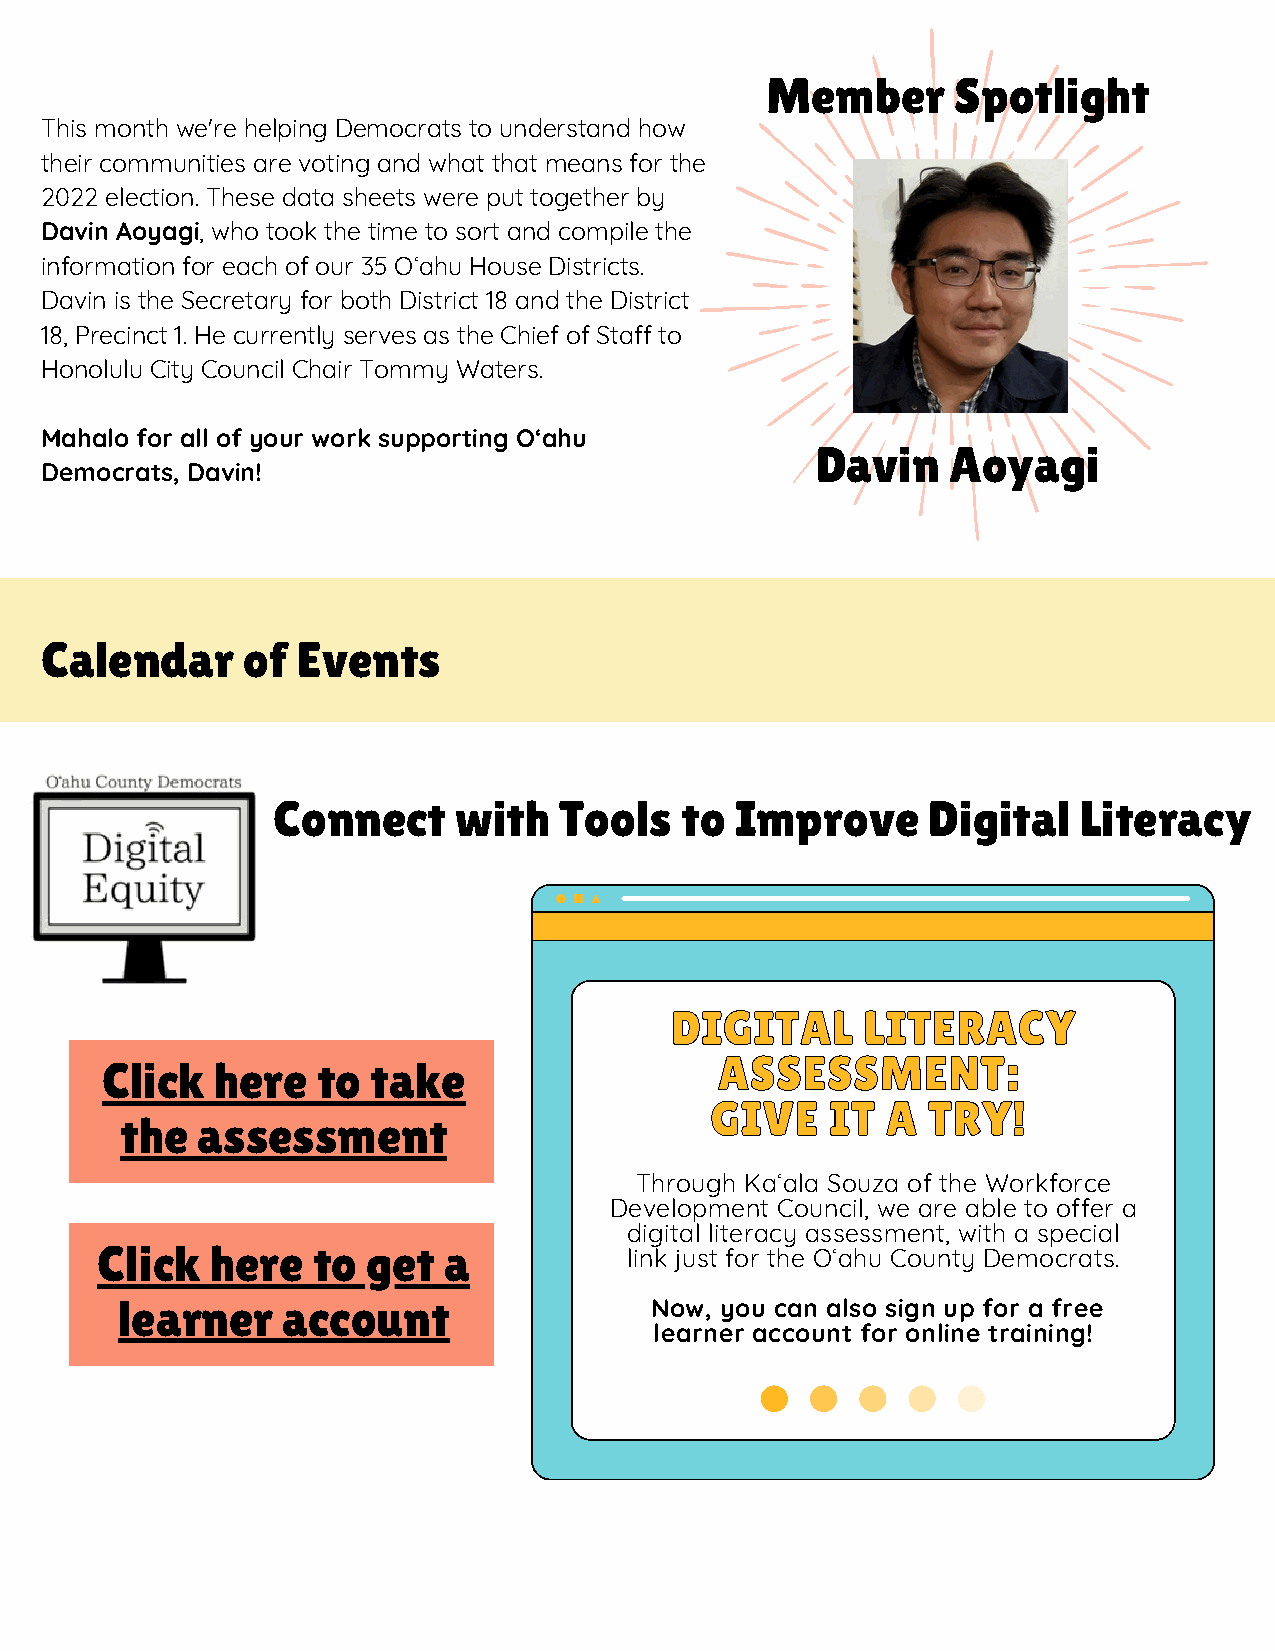
Member      Spotlight
 This month we're helping Democrats to understand how
 their communities are voting and what that means for the
 2022 election. These data sheets were put together by
 Davin Aoyagi, who took the time to sort and compile the
 information for each of our 35 Oʻahu House Districts.
 Davin is the Secretary for both District 18 and the District
 18, Precinct 1. He currently serves as the Chief of Staff to
 Honolulu City Council Chair Tommy Waters.
 Mahalo for all of your work supporting Oʻahu
 Davin    Aoyagi
 Democrats, Davin!
 Calendar     of  Events
 Connect     with   Tools   to  Improve     Digital   Literacy
 DDIIGGIITTAALL LLIITTEERRAACCYY
 AASSSSEESSSSMMEENNTT::
 Click  here   to  take
 GGIIVVEE IITT AA TTRRYY!!
 the  assessment
 Through Kaʻala Souza of the Workforce
 Development Council, we are able to offer a
 digital literacy assessment, with a special
 Click   here   to get  a
 link just for the Oʻahu County Democrats.
 learner    account                 Now, you can also sign up for a free
 learner account for online training!